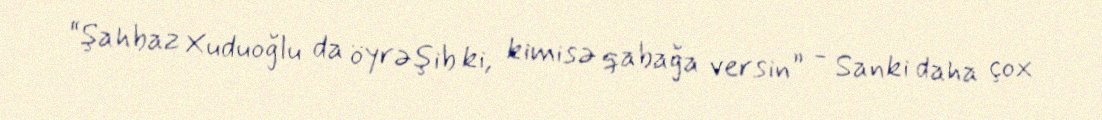
“Şahbaz Xuduoğlu da öyrəşib ki, kimisə qabağa versin” - Sanki daha çox